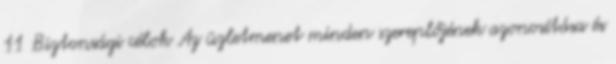
11 Biztonsági célok Az üzletmenet minden szereplőjének azonosítása és